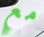
مع